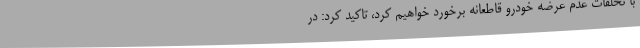
با تخلفات عدم عرضه خودرو قاطعانه برخورد خواهیم کرد، تاکید کرد: در